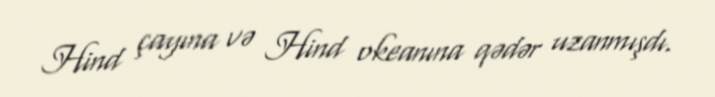
Hind çayına və Hind okeanına qədər uzanmışdı.